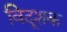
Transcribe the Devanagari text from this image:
विदूशक